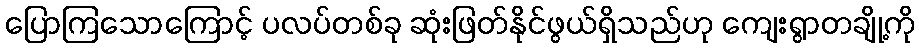
ပြောကြသောကြောင့် ပလပ်တစ်ခု ဆုံးဖြတ်နိုင်ဖွယ်ရှိသည်ဟု ကျေးရွာတချို့ကို